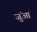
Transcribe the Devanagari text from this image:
जुंआं